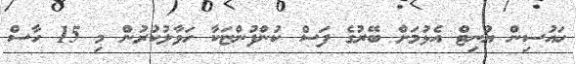
ހައުސިން ޔުނިޓް އެޅުމަށް ބޭރުގެ ފަސް ކުންފުންޏަކާ ހަވާލުކުރުން މި 15 ހާސް